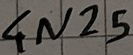
Text: 4N25